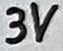
Text: 3V